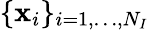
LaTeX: \{ \mathbf{x}_{i}\} _{i=1,\dots,N_{I}}